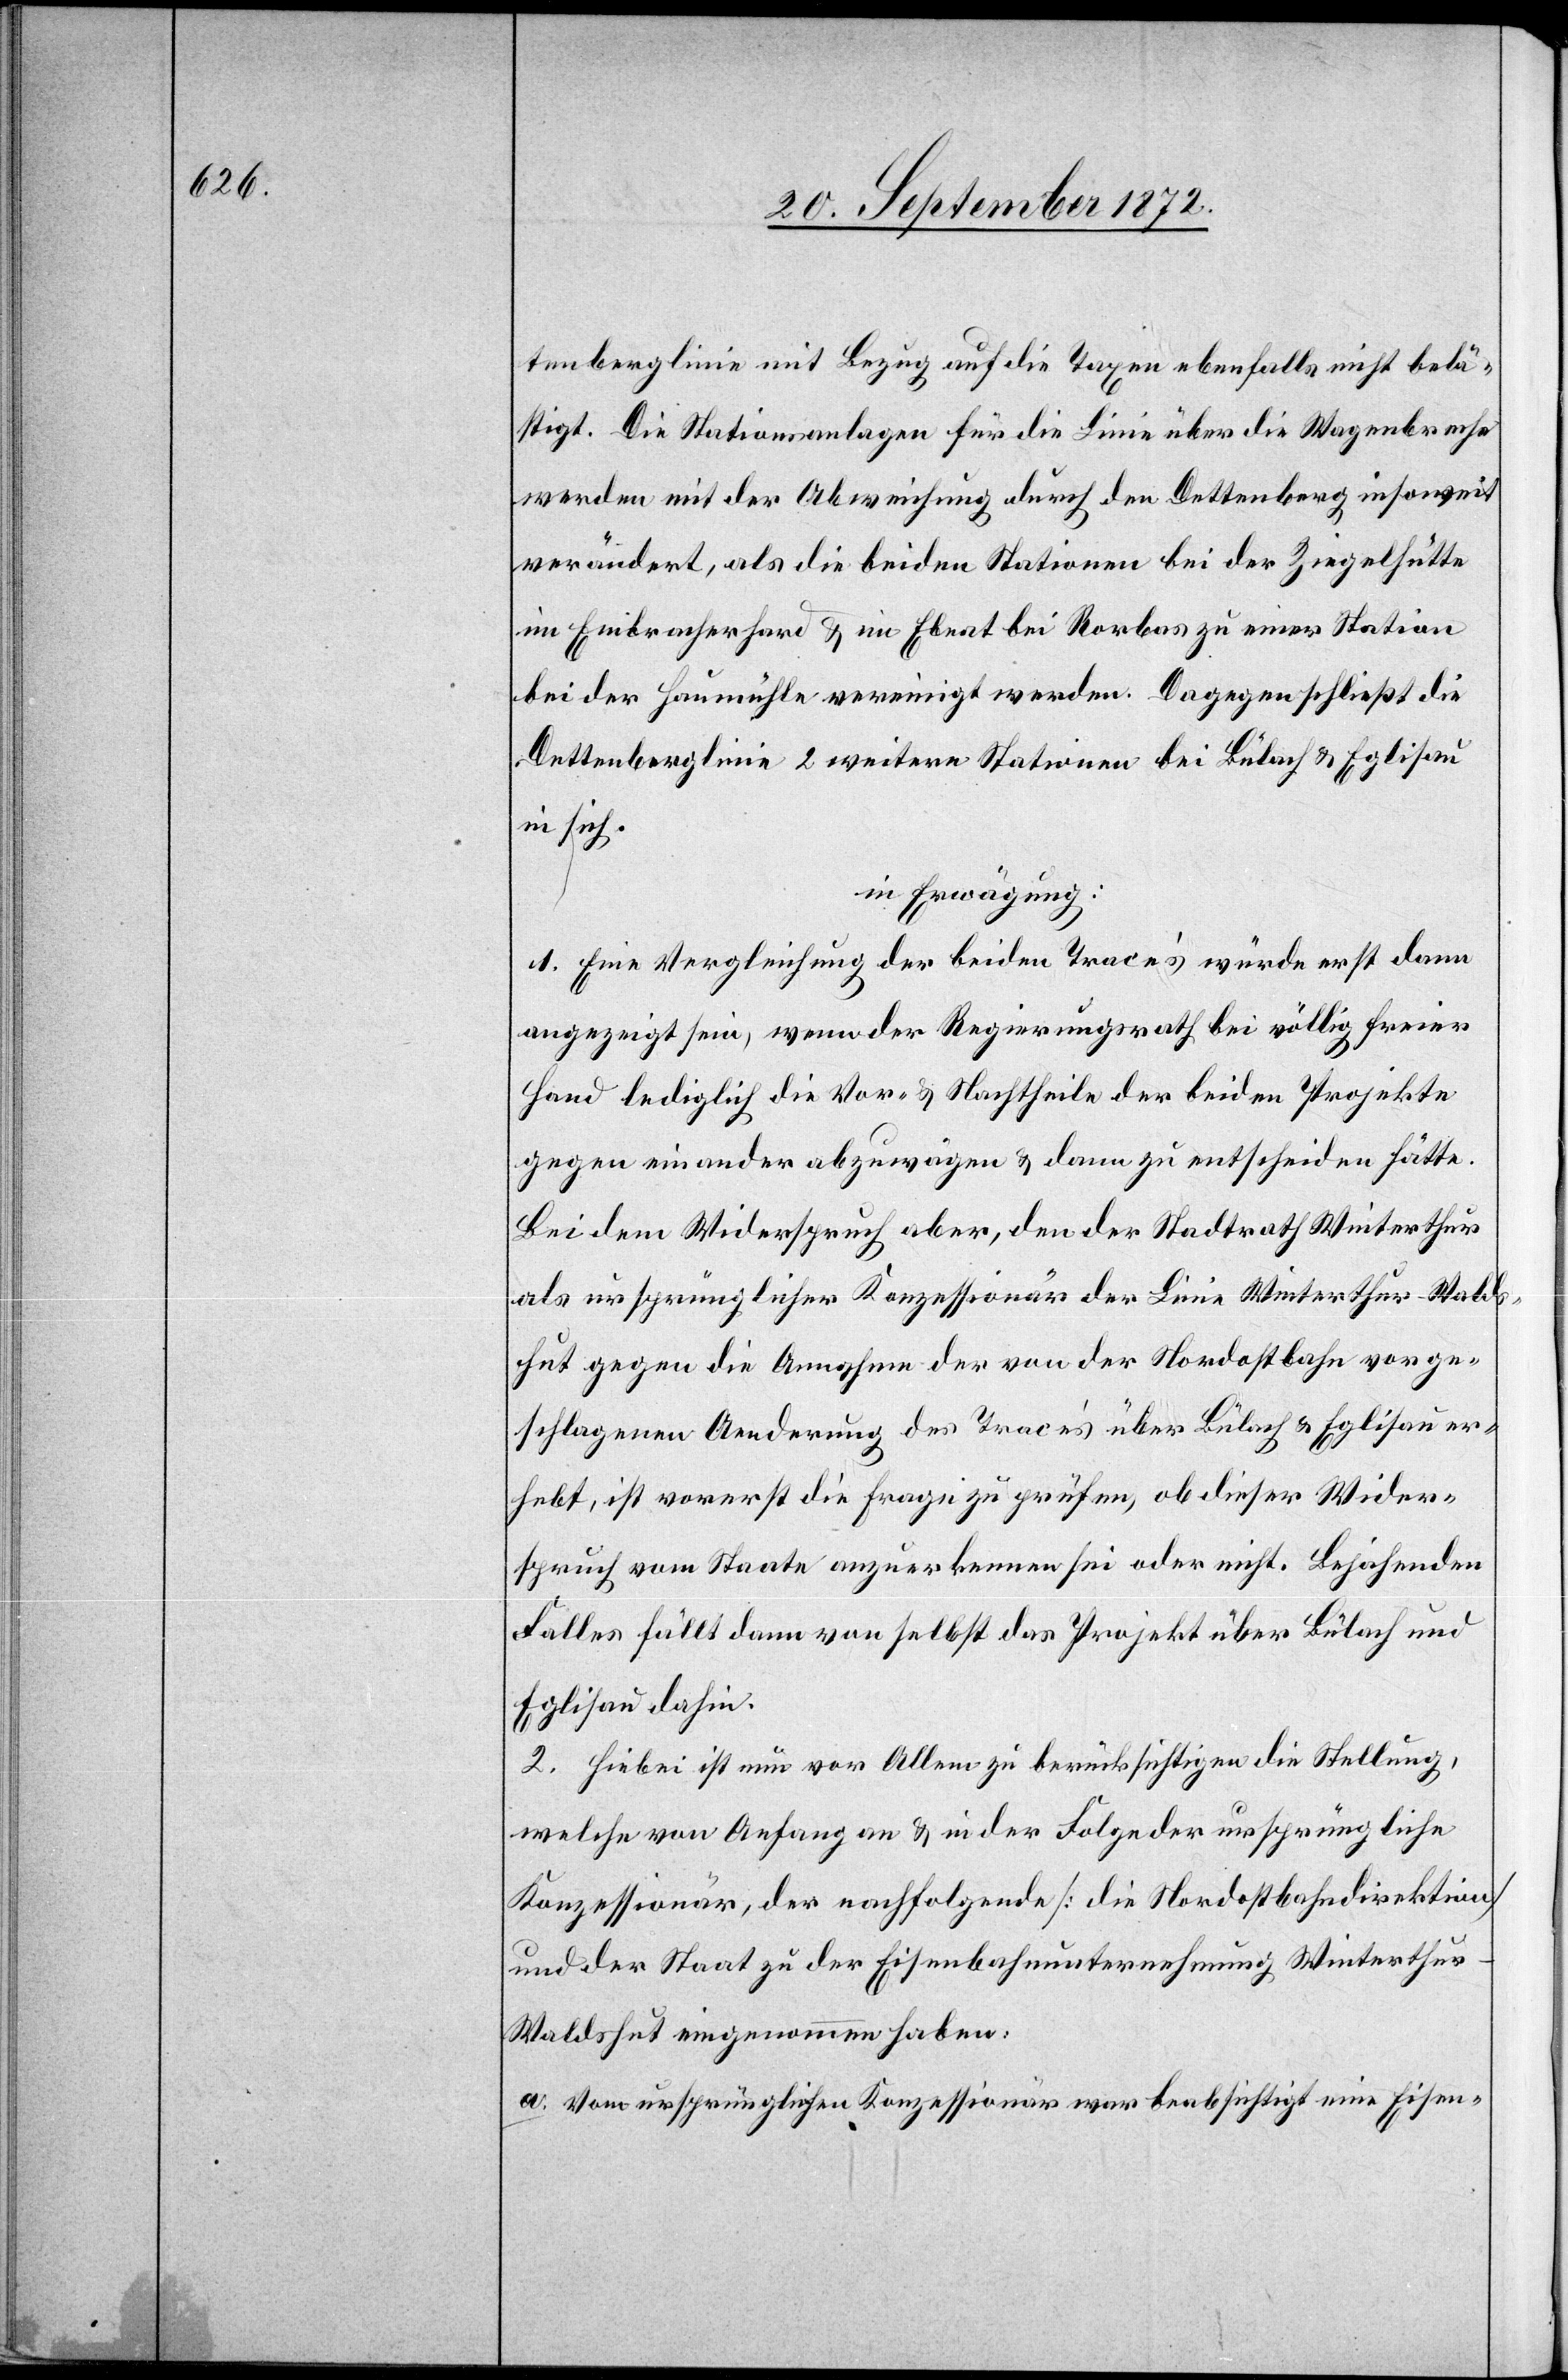
tenberglinie mit Bezug auf die Taxen ebenfalls nicht belä¬
stigt. Die Stationsanlagen für die Linie über die Wagenbreche
werden mit der Abweichung durch den Dettenberg insoweit
verändert, als die beiden Stationen bei der Ziegelhütte
im Embracherhard u. im Ebnat bei Rorbas zu einer Station
bei der Haumühle vereinigt werden. Dagegen schließt die
Dettenberglinie 2 weitere Stationen bei Bülach u. Eglisau
in sich.
in Erwägung:
1. Eine Vergleichung der beiden Tracé’s würde erst dann
angezeigt sein, wenn der Regierungsrath bei völlig freier
Hand lediglich die Vor- u. Nachtheile der beiden Projekte
gegen einander abzuwägen u. dann zu entscheiden hätte.
Bei dem Widerspruch aber, den der Stadtrath Winterthur
als ursprünglicher Konzessionär der Linie Winterthur–Walds¬
hut gegen die Annahme des Tracé’s über Bülach u. Eglisau er¬
hebt, ist vorerst die Frage zu prüfen, ob dieser Wider¬
spruch vom Staate anzuerkennen sei oder nicht. Bejahenden
Falles fällt dem von selbst das Projekt über Bülach und
Eglisau dahin.
2. Hiebei ist nun vor Allem zu berücksichtigen die Stellung,
welche von Anfang an u. in der Folge der ursprüngliche
Konzessionär, der nachfolgende [die Nordostbahndirektion]
und der Staat zu der Eisenbahnunternehmung Winterthu¬
r–Waldshut eingenommen haben:
a. Vom ursprünglichen Konzessionär war beabsichtigt eine Eisen-